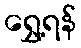
ရွှေ့ရန်